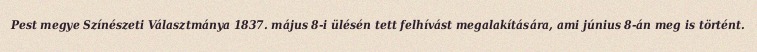
Pest megye Színészeti Választmánya 1837. május 8-i ülésén tett felhívást megalakítására, ami június 8-án meg is történt.